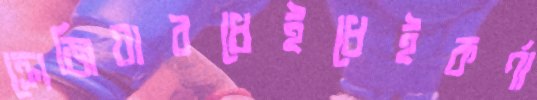
ক্রোজিয়ারধেইধেইকর্ণা